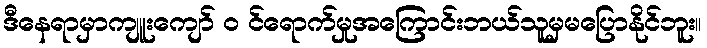
ဒီနေရာမှာကျူးကျော် ၀ င်ရောက်မှုအကြောင်းဘယ်သူမှမပြောနိုင်ဘူး။